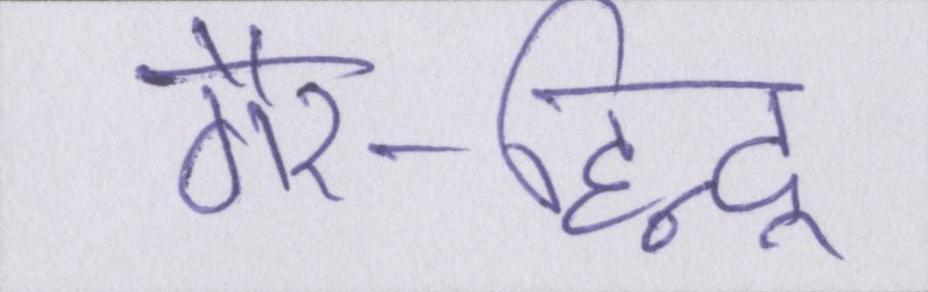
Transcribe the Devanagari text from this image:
गैर-हिन्दू